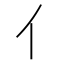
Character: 亻